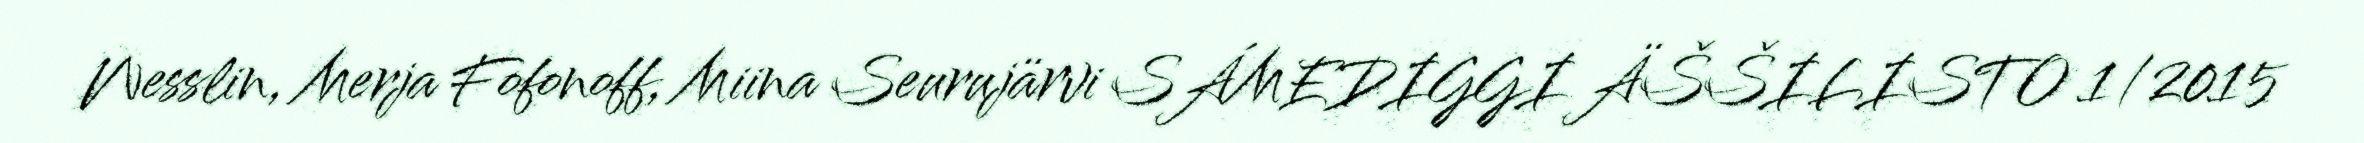
Wesslin, Merja Fofonoff, Miina Seurujärvi SÁMEDIGGI ÄŠŠILISTO 1/2015